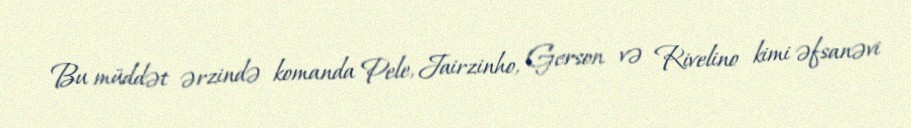
Bu müddət ərzində komanda Pele, Jairzinho, Gerson və Rivelino kimi əfsanəvi